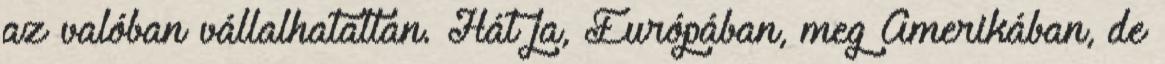
az valóban vállalhatatlan. Hát ja, Európában, meg Amerikában, de